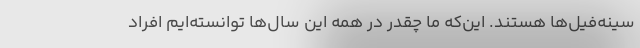
سینه‌فیل‌ها هستند. این‌که ما چقدر در همه این سال‌ها توانسته‌ایم افراد